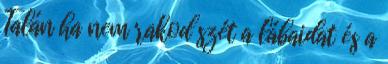
Talán ha nem rakod szét a lábaidat és a